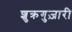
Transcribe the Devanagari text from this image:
शुक्रगुज़ारी